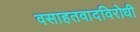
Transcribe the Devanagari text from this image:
वसाहतवादविरोधी